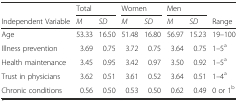
<table><thead><tr><td></td><td colspan="2"><b>Total</b></td><td colspan="2"><b>Women</b></td><td colspan="2"><b>Men</b></td><td></td></tr><tr><td><b>Independent Variable</b></td><td><b><i>M</i></b></td><td><b><i>SD</i></b></td><td><b><i>M</i></b></td><td><b><i>SD</i></b></td><td><b><i>M</i></b></td><td><b><i>SD</i></b></td><td><b>Range</b></td></tr></thead><tbody><tr><td>Age</td><td>53.33</td><td>16.50</td><td>51.48</td><td>16.80</td><td>56.97</td><td>15.23</td><td>19–100</td></tr><tr><td>Illness prevention</td><td>3.69</td><td>0.75</td><td>3.72</td><td>0.75</td><td>3.64</td><td>0.75</td><td>1–5<sup>a</sup></td></tr><tr><td>Health maintenance</td><td>3.45</td><td>0.95</td><td>3.42</td><td>0.97</td><td>3.50</td><td>0.92</td><td>1–5<sup>a</sup></td></tr><tr><td>Trust in physicians</td><td>3.62</td><td>0.51</td><td>3.61</td><td>0.52</td><td>3.64</td><td>0.51</td><td>1–4<sup>a</sup></td></tr><tr><td>Chronic conditions</td><td>0.56</td><td>0.50</td><td>0.53</td><td>0.50</td><td>0.62</td><td>0.49</td><td>0 or 1<sup>b</sup></td></tr></tbody></table>